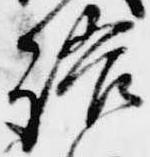
語